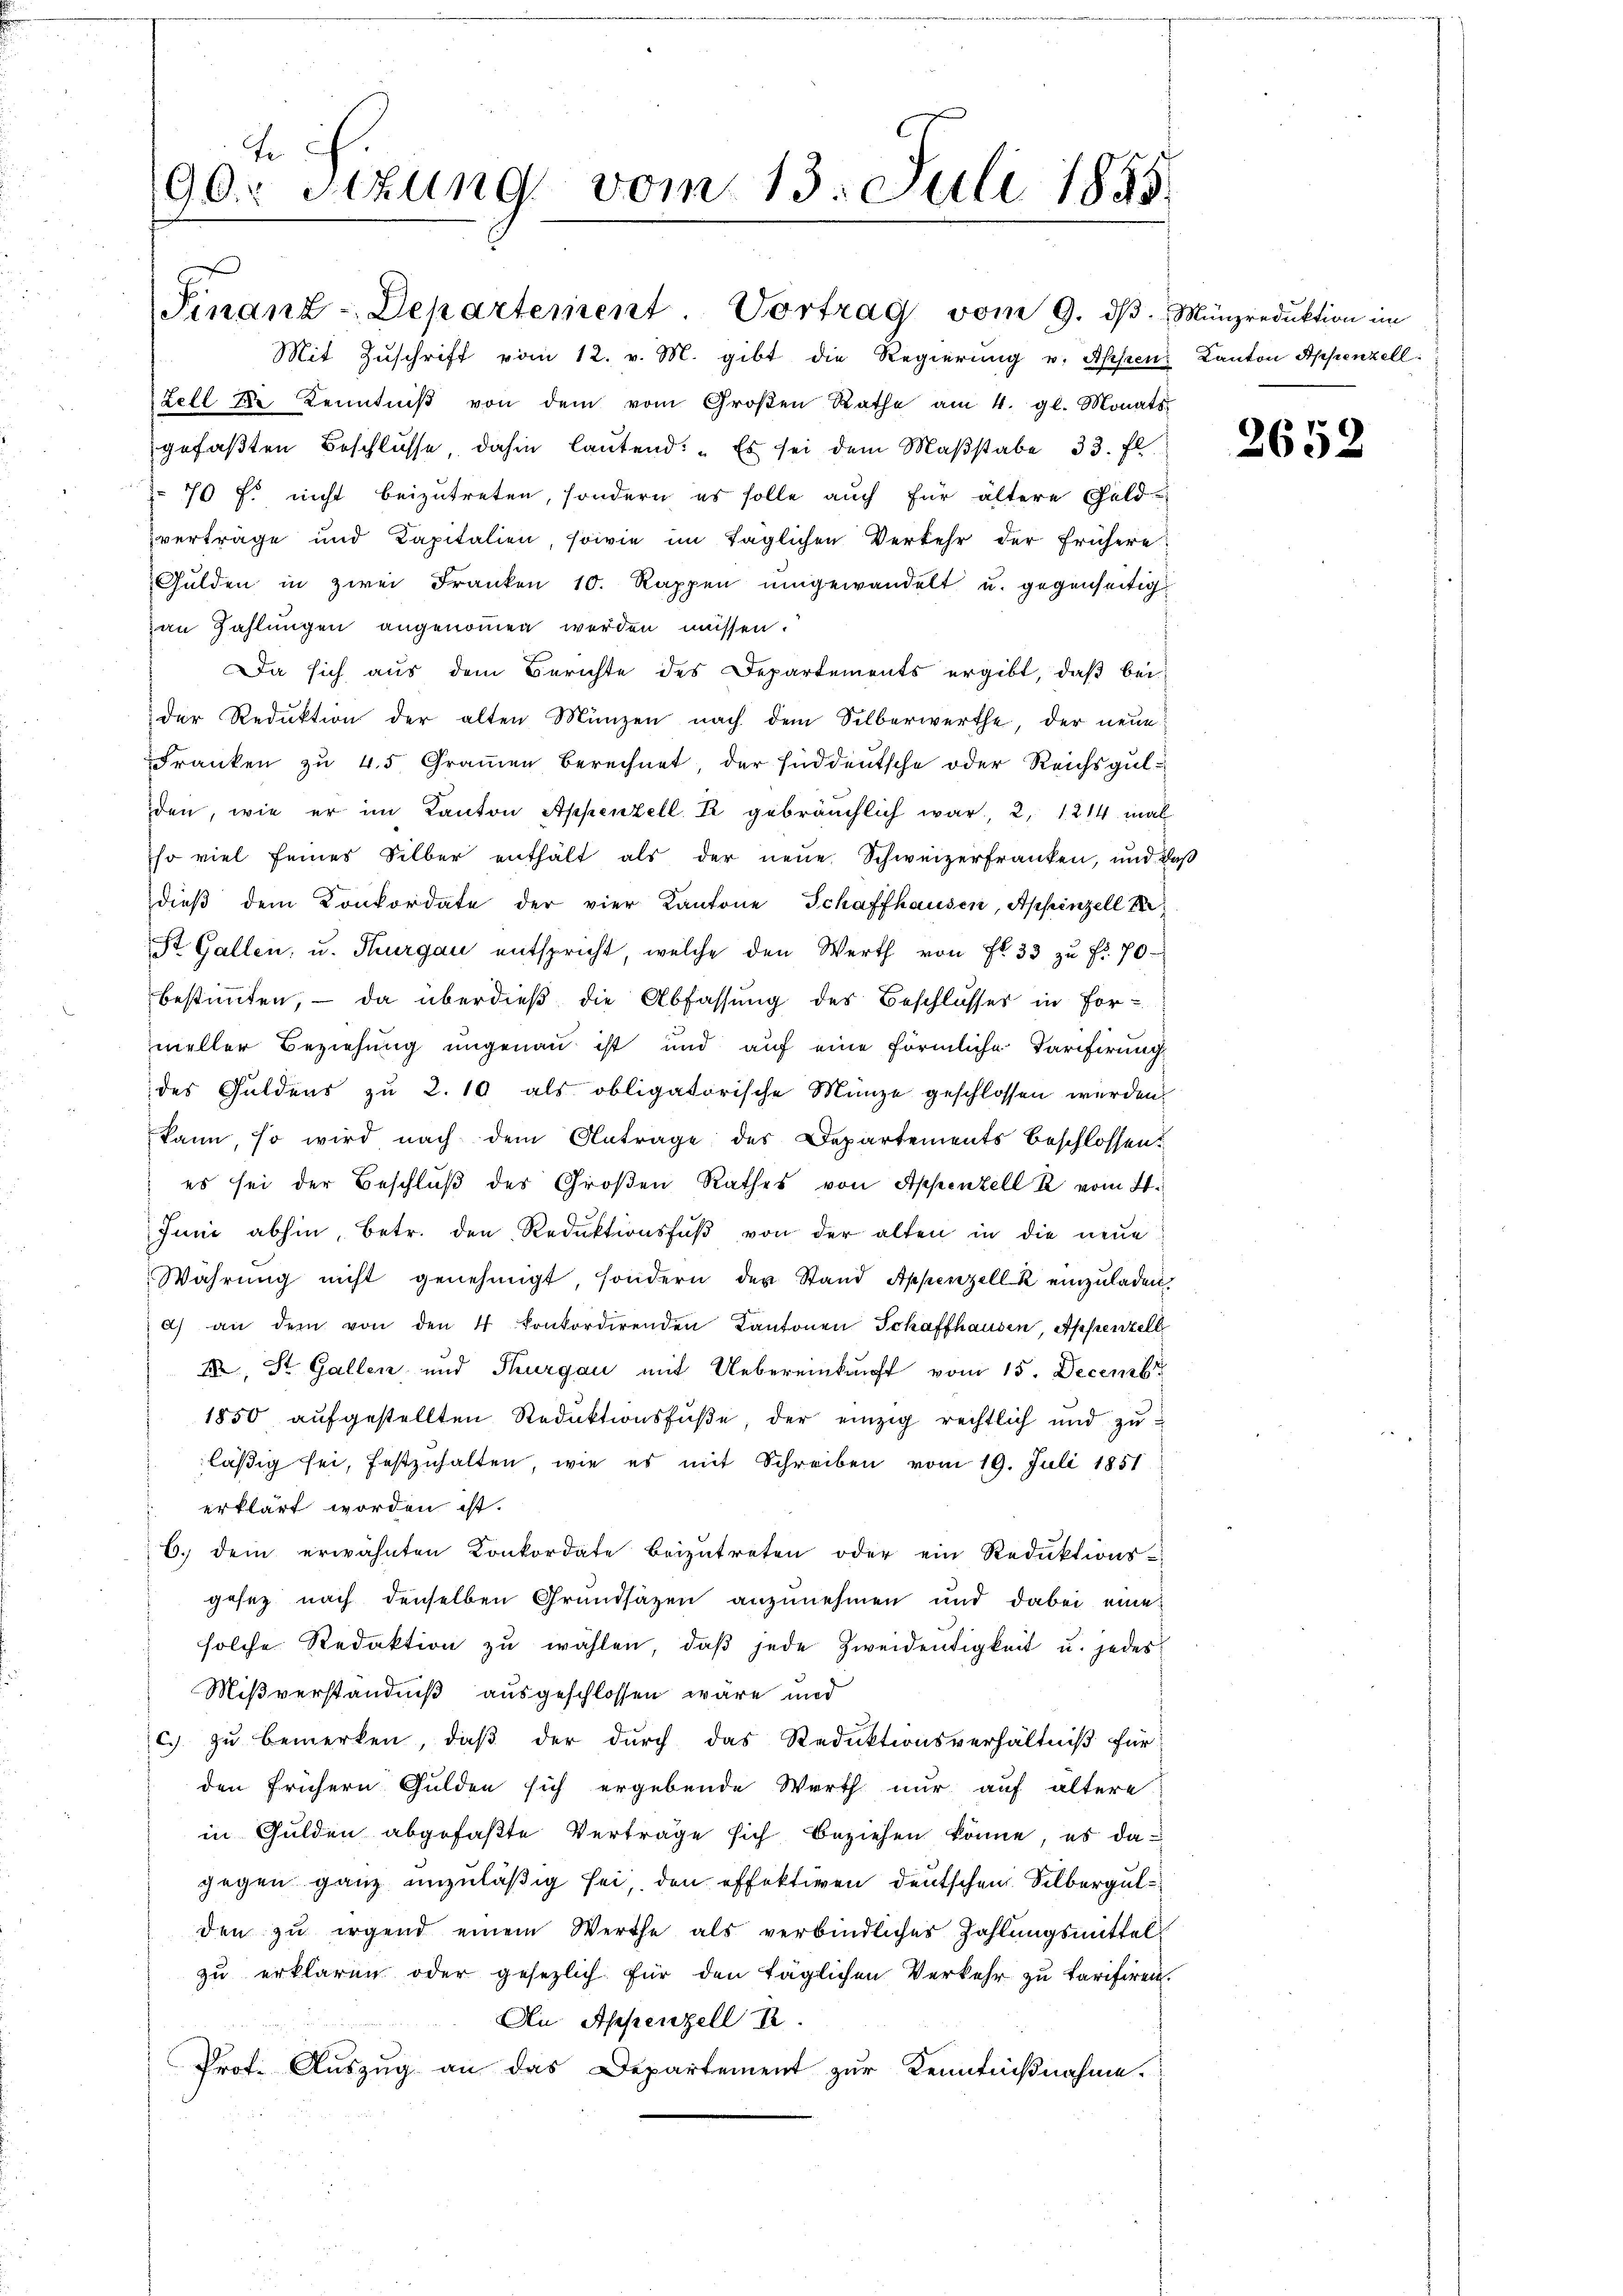
Fe
90r Sitzung vom 13. Juli 1855.

Mit Zuschrift vom 12. v. M. gibt die Regierung u. Appen Kanton Appenzell
Fell die Kenntniβ von dem vom Großen Rathe am 4. gl. Monats
gefaßten Beschlusse dahin lautend: „Es sei dem Maβstabe 33. fl.
70 f. nicht beizutreten, sondern es solle auch für ältere Geldverträge und Kapitalien, sowie im täglichen Verkehr der frühere
Gulden in zwei Franken 10. Rappen ŭmgewandelt u. gegenseitig
an Zahlungen angenommen werden müssen.
Da sich aus dem Berichte des Departements ergibt, daß bei
der Reduktion der alten Münzen nach dem Silberwerthe, der neue
Franken zu 45 Grammen berechnet, der süddeutsche oder Reichsgulden, wie er im Kanton Appenzell K gebräuchlich war, 2, 1214 mal
so viel seines Silber enthält als der neue Schweizerfranken, und daß
dieβ dem Konkordate der vier Kantone Schaffhausen, Appenzell Se
St. Gallen, u. Thurgau entspricht, welche den Werth von Fr. 33 zŭ Fr. 70
bestimmten, – da überdieß die Abfassung des Beschlusses in For-
meller Beziehung ungenau ist und auf eine förmliche Tarifirung
des Guldens zu 2. 10 als obligatorische Münze geschlossen werden,
kann, so wird nach dem Antrage des Departements beschlossen
es sei der Beschluß des Großen Rathes von Appenzell R vom 2.
Juni abhin, betr. den Reduktionsfŭβ von der alten in die neŭe
Wahrŭng nicht genehmigt, sondern der Stand Appenzell k einzŭladen,
d) an dem von den 4 konkordirenden Kantonen Schaffhausen, Appenzell
II, St. Gallen, und Thurgau mit Uebereinkunft vom 15. Decembr
1850 aŭfgestellten Reduktionsfüße, der einzig rechtlich und zŭ
läßig sei, festzuhalten, wie es mit Schreiben vom 19. Juli 1851
erklärt worden ist.
6. dein erwähnten Konkordate beizŭtreten oder ein Reduktions-
gesez nach denselben Grundsäzen anzunehmen und dabei eine
solche Redaktion zŭ wählen, daβ jede Zweidentigkeit u. jedes
Mißverständniß ausgeschlossen wäre und
c. zu bemerken, daß der durch das Reduktionsverhältniß für
den frühern Gulden sich ergebende Werth nur auf ältere
in Gulden abgefaßte Verträge sich beziehen könne, es dagegen ganz unzuläßig sei, den effektiven deutschen Silbergulden zu irgend einem Werthe als verbindlicher Zahlungsmittel
zu erklären oder gesezlich für den täglichen Verkehr zu karisiren.
An Appenzell I.
Prof. Auszug an das Departement zur Kenntnißnahme.

Finanz-Departement. Vortrag vom 9. dβ. Münzredŭktion im

2652